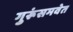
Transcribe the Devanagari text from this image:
गुरूंसमवेत